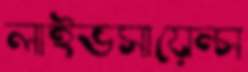
লাইভসায়েন্স